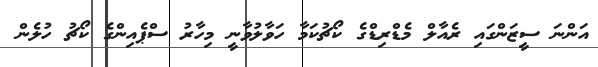
އަންނަ ސީޒަންގައި ރެއާލް މެޑްރިޑްގެ ކޯޗުކަމާ ހަވާލުވާނީ މިހާރު ސްޕެއިންގެ ކޯޗު ހުލެން